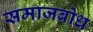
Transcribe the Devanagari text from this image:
समाजबोध